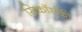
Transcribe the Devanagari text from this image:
सिकॉर्सकी